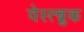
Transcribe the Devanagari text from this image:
वेस्त्ब्रुक